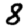
Digit: 8